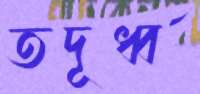
তদূর্ধ্ব